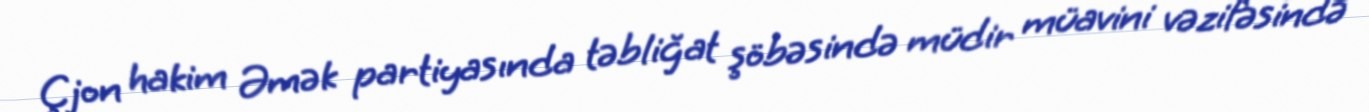
Çjon hakim Əmək partiyasında təbliğat şöbəsində müdir müavini vəzifəsində